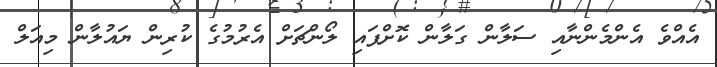
އެއްވެ އެންމެންނާއި ސަލާން ގަލާން ކޮށްފައި ލޯންޗަށް އެރުމުގެ ކުރިން ޔައުލާން މިއަލް